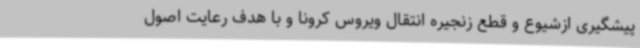
پیشگیری ازشیوع و قطع زنجیره انتقال ویروس کرونا و با هدف رعایت اصول